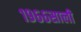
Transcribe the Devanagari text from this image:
१९६६साली